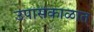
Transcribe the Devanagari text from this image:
उपासकाळात